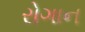
રોગાન